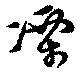
凓